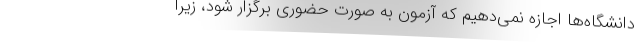
دانشگاه‌ها اجازه نمی‌دهیم که آزمون به صورت حضوری برگزار شود، زیرا